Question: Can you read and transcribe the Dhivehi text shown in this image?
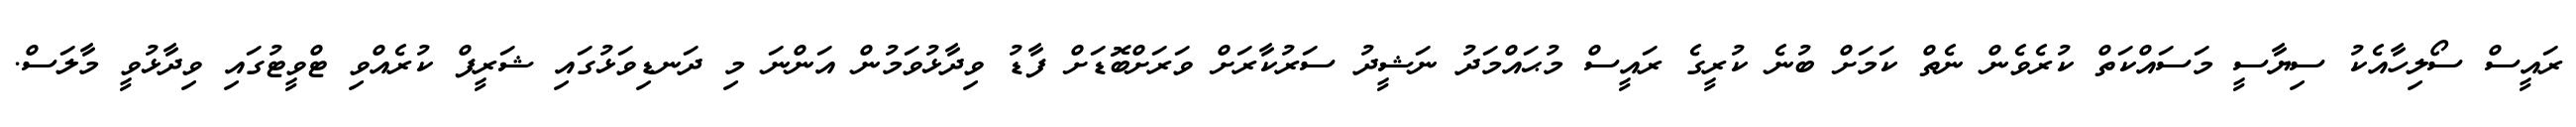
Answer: ރައީސް ސޯލިހާއެކު ސިޔާސީ މަސައްކަތް ކުރެވެން ނެތް ކަމަށް ބުނެ ކުރީގެ ރައީސް މުޙައްމަދު ނަޝީދު ސަރުކާރަށް ވަރަށްބޮޑަށް ފާޑު ވިދާޅުވަމުން އަންނަ މި ދަނޑިވަޅުގައި ޝަރީފް ކުރެއްވި ޓްވީޓުގައި ވިދާޅުވީ މާލަސް.